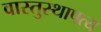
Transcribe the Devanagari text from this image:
वास्तुस्थापत्य